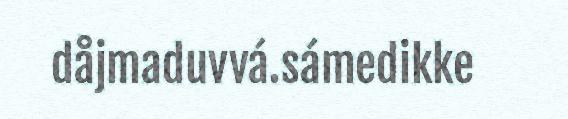
dåjmaduvvá.sámedikke